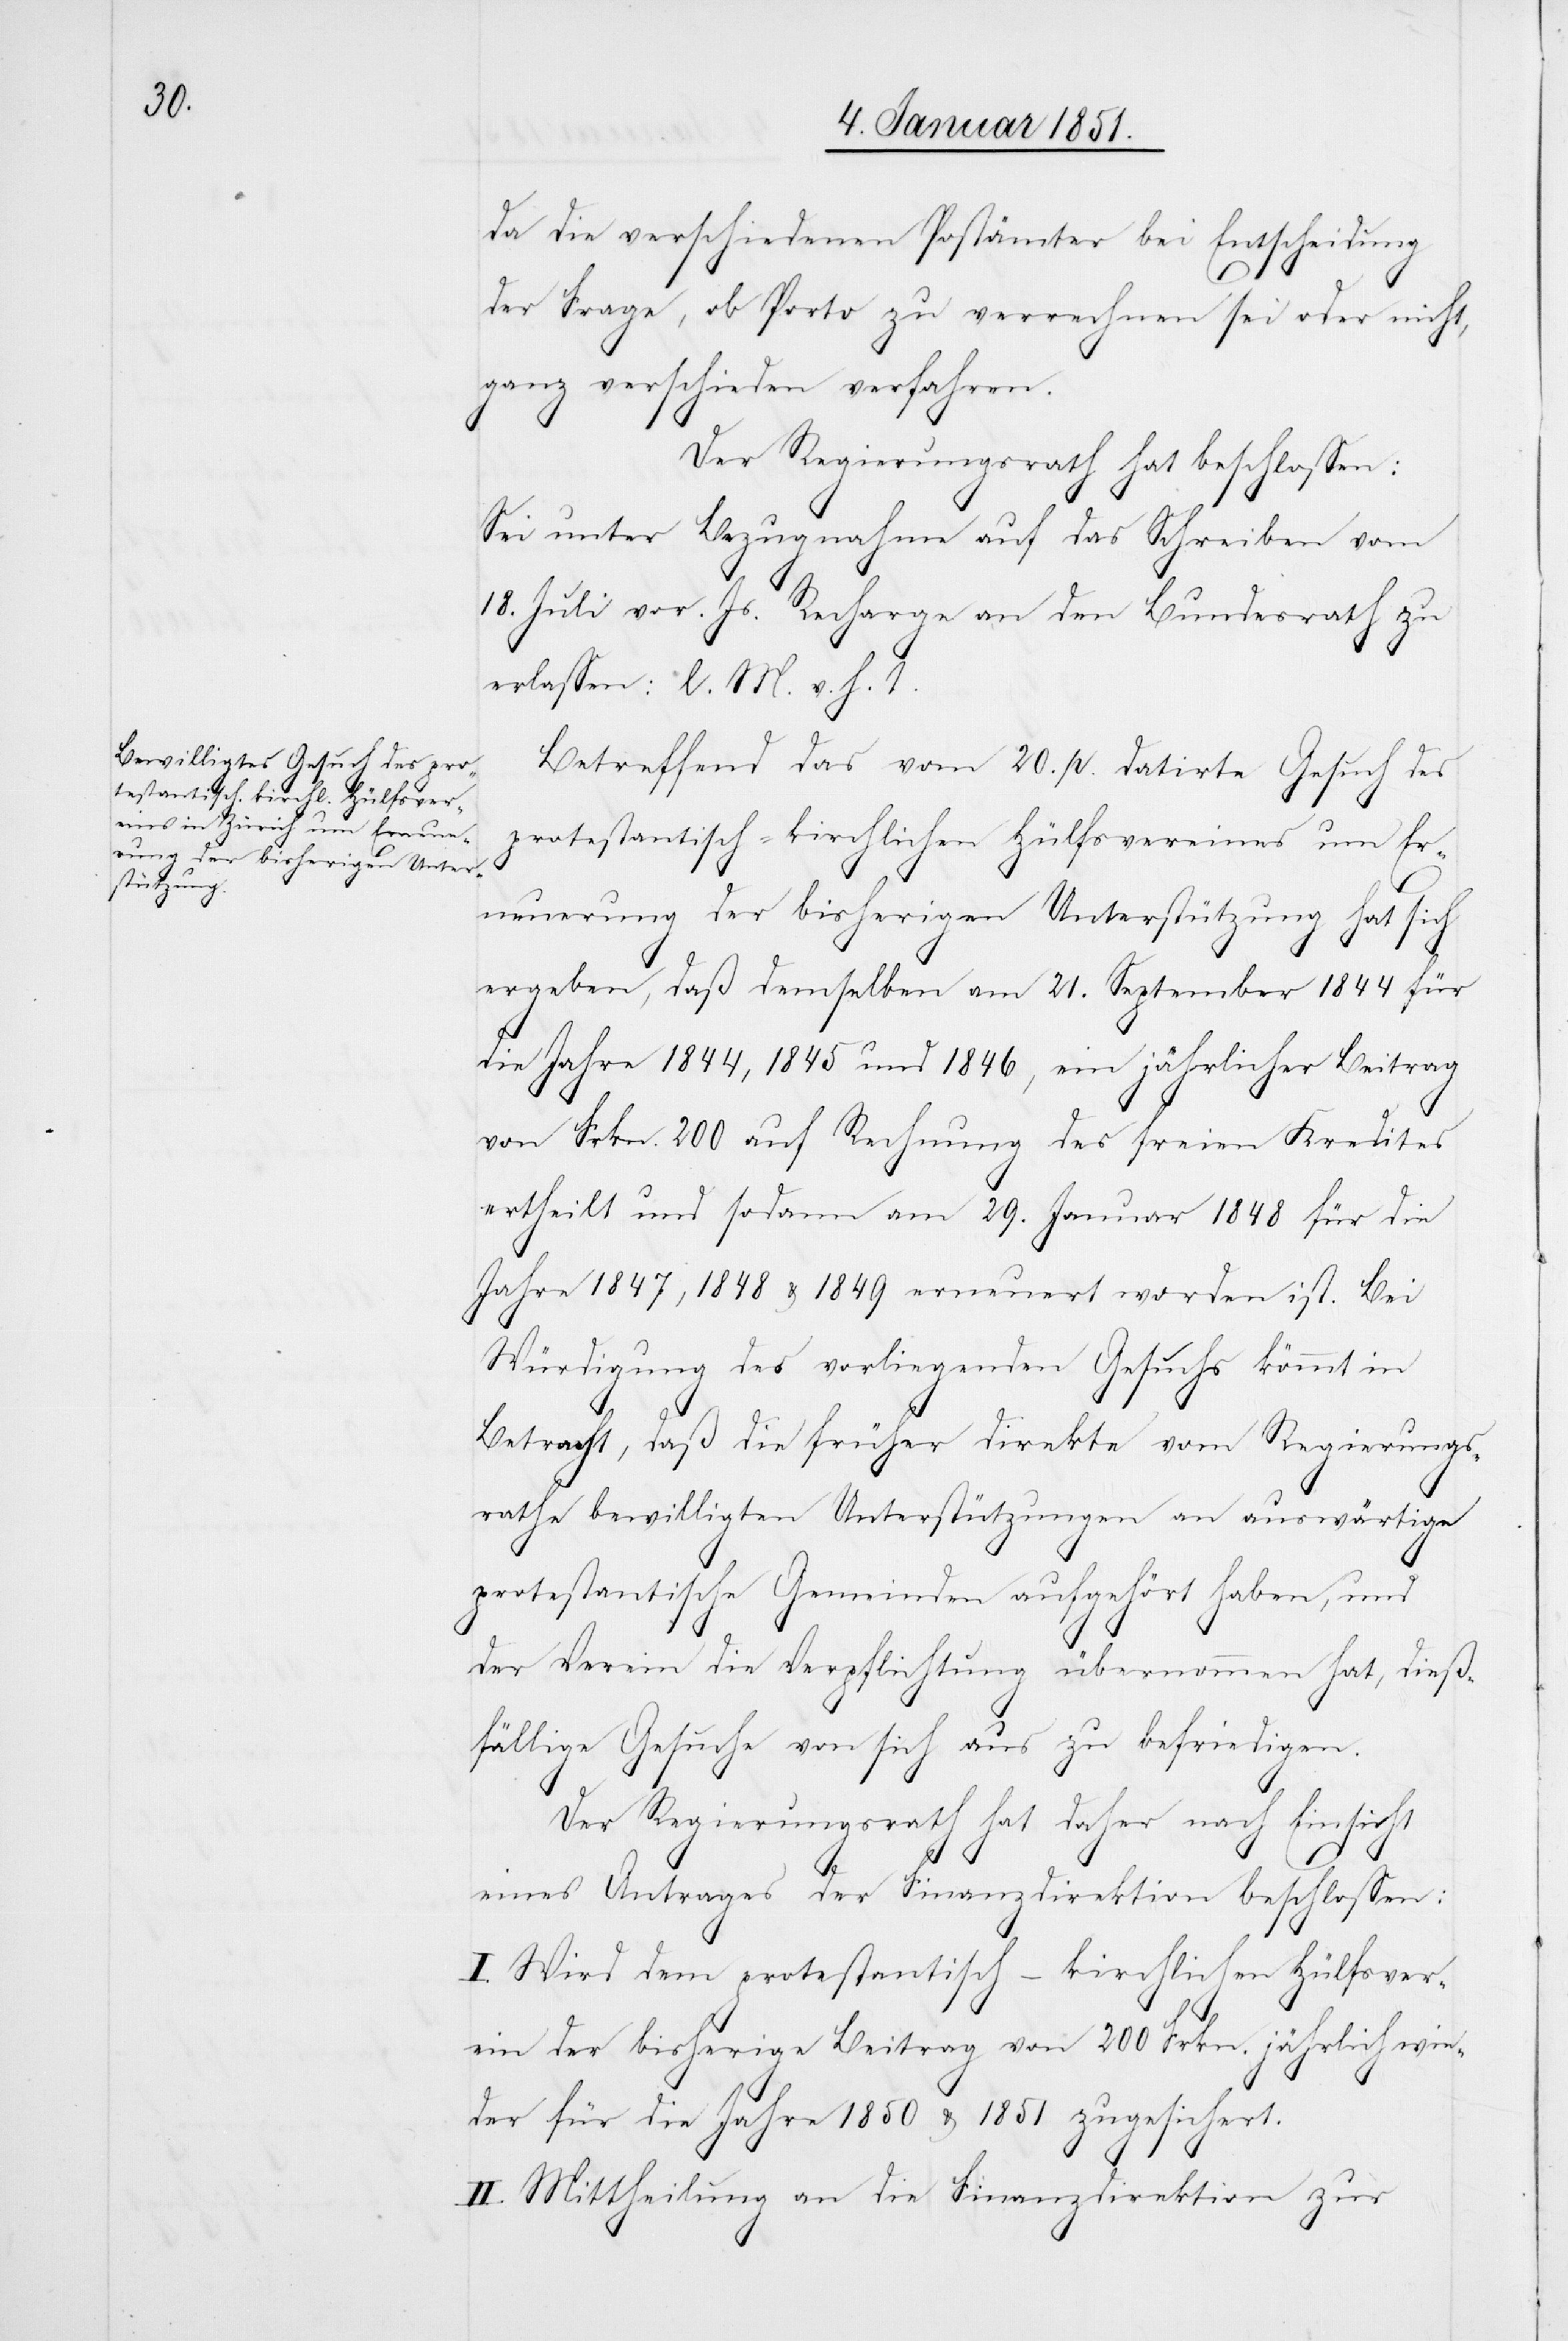
da die verschiedenen Postämter bei Entscheidung
der Frage, ob Porto zu verrechnen sei oder nicht,
ganz verschieden verfahren.
Der Regierungsrath hat beschlossen:
Sei unter Bezugnahme auf das Schreiben vom
18. Juli vor. Js. Recharge an den Bundesrath zu
erlassen: l. M. v. h. T.
Betreffend das vom 20. p. datirte Gesuch des
protestantisch-kirchlichen Hülfsvereines um Er¬
neuerung der bisherigen Unterstützung hat sich
ergeben, daß demselben am 21. September 1844 für
die Jahre 1844, 1845 und 1846, ein jährlicher Beitrag
von Frkn. 200 auf Rechnung des freien Kredites
ertheilt und sodann am 29. Januar 1848 für die
Jahre 1847, 1848 & 1849 erneuert worden ist. Bei
Würdigung des vorliegenden Gesuchs kömmt in
Betracht, daß die früher direkte vom Regierungs¬
rathe bewilligten Unterstützungen an auswärtige
protestantische Gemeinden aufgehört haben, und
der Verein die Verpflichtung übernommen hat, dieß¬
fällige Gesuche von sich aus zu befriedigen.
Der Regierungsrath hat daher nach Einsicht
eines Antrages der Finanzdirektion beschlossen:
I. Wird dem protestantisch-kirchlichen Hülfsver¬
ein der bisherige Beitrag von 200 Frkn. jährlich wie¬
der für die Jahre 1850 & 1851 zugesichert.
II. Mittheilung an die Finanzdirektion zur